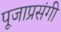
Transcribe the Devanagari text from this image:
पूजाप्रसंगी